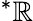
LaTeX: {}^{\ast}\mathbb{R}